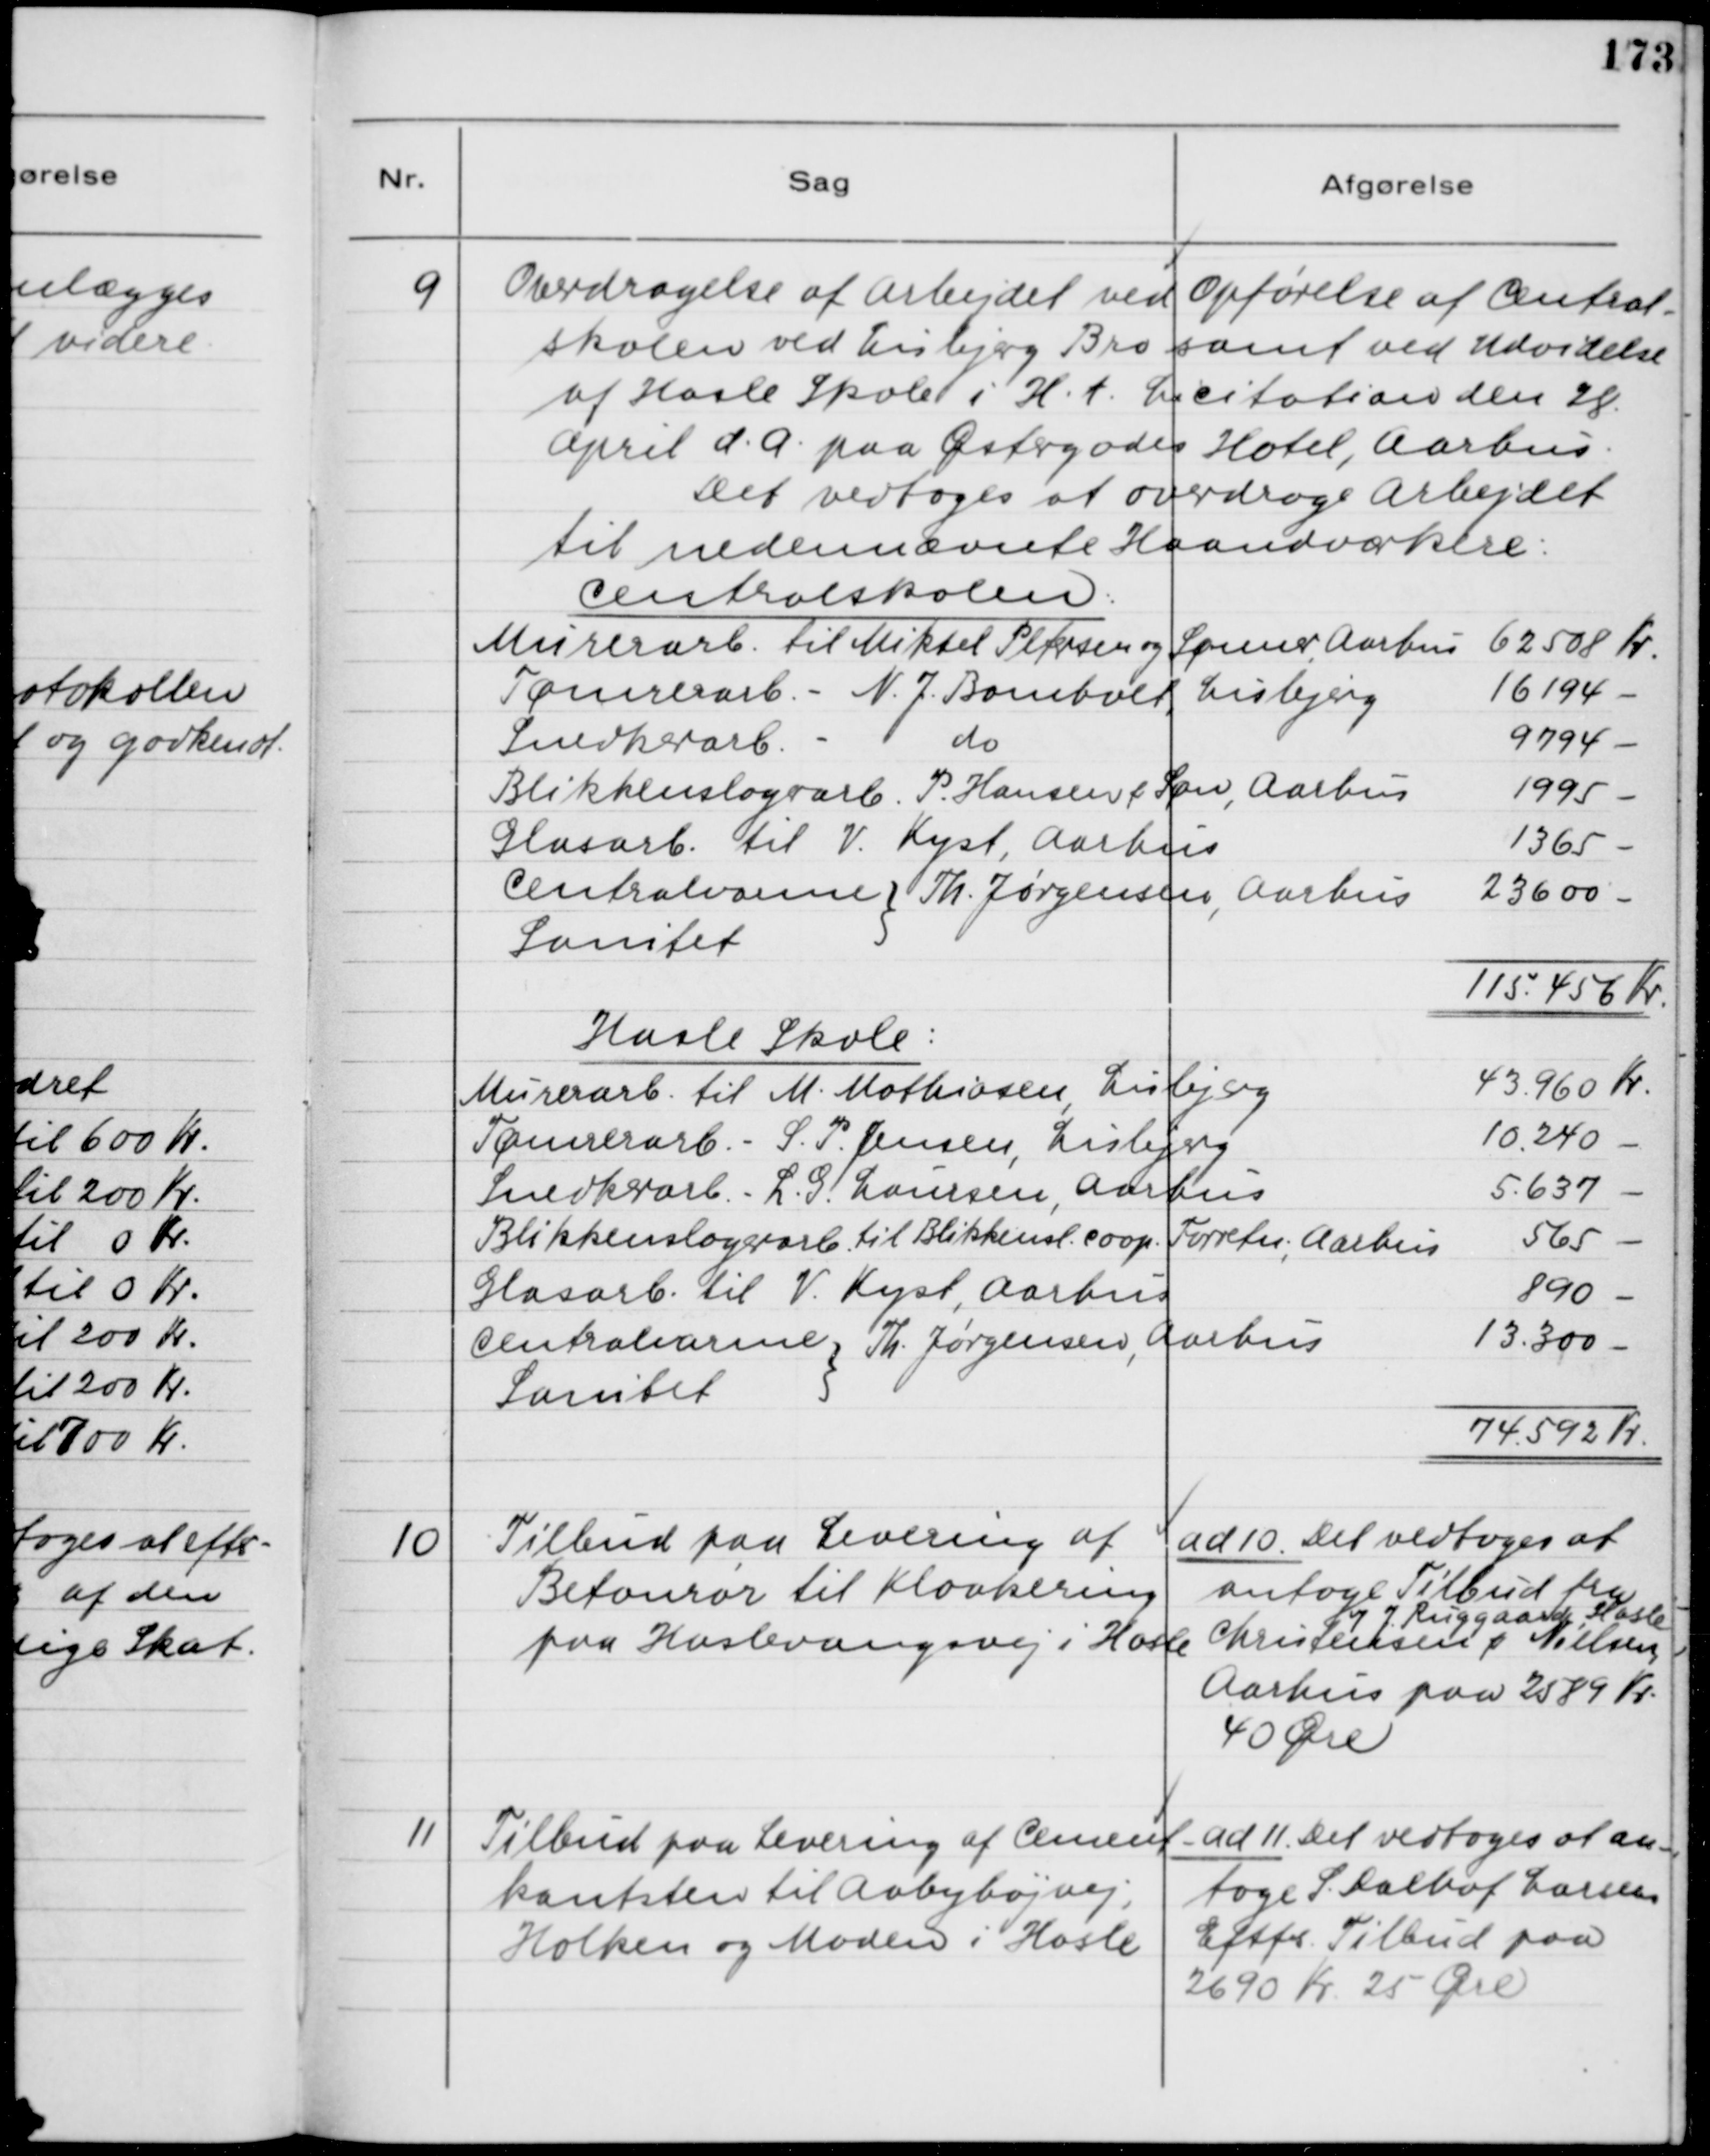
Transskription:
9
Overdragelse af Arbejdet ved Opførelse af Central-
skolen ved Lisbjerg Bro samt ved Udvidelse
af Hasle Skole i H.t. Licitation den 28.
April d.A. paa Østergades Hotel, Aarhus.
Det vedtoges at overdrage Arbejdet
til nedennævnte Haandværkere:

10
Tilbud på Levering af
Betonrør til Kloakering
paa Haslevangsvej i Hasle

ad 10. Det vedtoges at
antage Tilbud fra
Christensen og J. Ruggaard, Hasle -
Aarhus paa 2589 Kr.
40 Øre.

11
Tilbud paa Levering af Cement-
kantsten til Aabyhøjvej,
Holken og Maden i Hasle

ad 11. Det vedtoges at an-
tage S. Dalhof Larsens
Eftf.. Tilbud paa
2690 Kr. 25 Øre